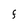
Character: F